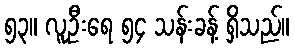
၅၃။ လူဦးရေ ၅၄ သန်းခန့် ရှိသည်။